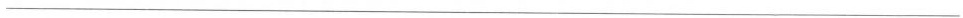
___